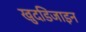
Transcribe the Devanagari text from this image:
खुदडिजाइन